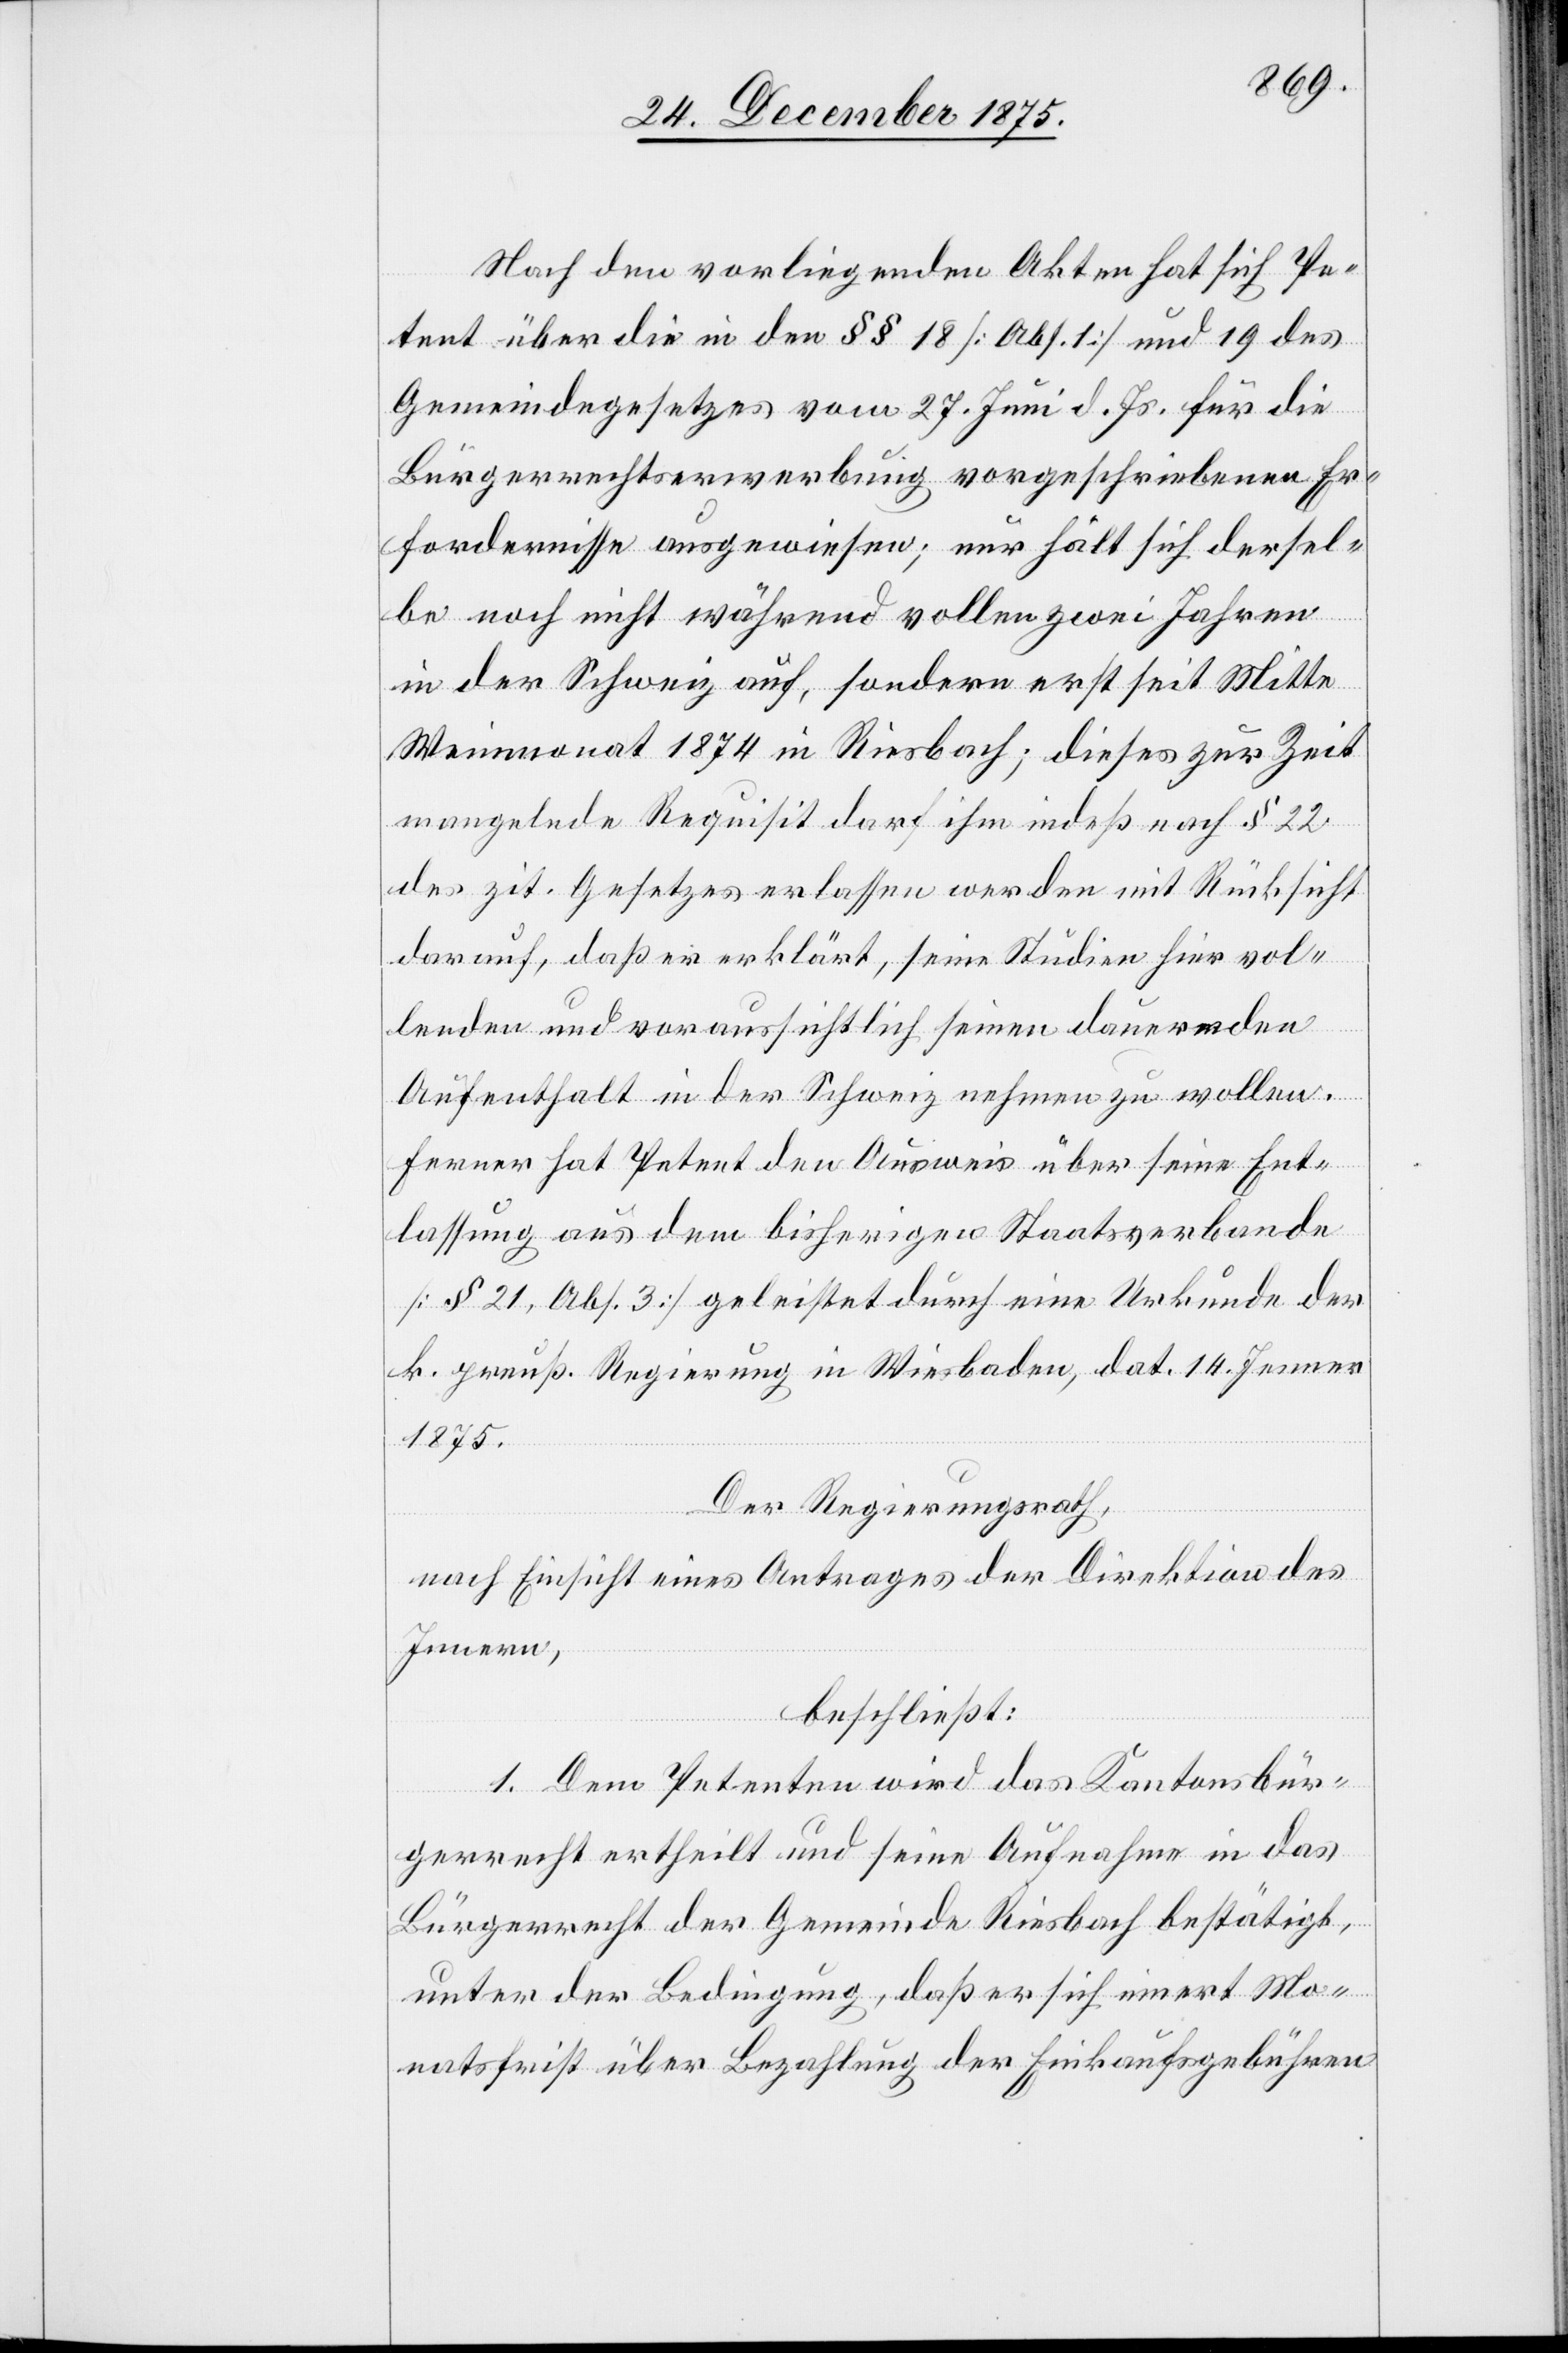
Nach den vorliegenden Akten hat sich Pe¬
tent über die in den §§ 18 [Abs. 1] und 19 des
Gemeindegesetzes vom 27. Juni d. Js. für die
Bürgerrechtserwerbung vorgeschriebenen Er¬
fordernisse ausgewiesen; nur hält sich dersel¬
be noch nicht während vollen zwei Jahren
in der Schweiz auf, sondern erst seit Mitte
Weinmonat 1874 in Riesbach; dieses zur Zeit
mangelnde Requisit darf ihm indeß nach § 22
des zit. Gesetzes erlassen werden mit Rücksicht
darauf, daß er erklärt, seine Studien hier vol¬
lenden und voraussichtlich seinen dauernden
Aufenthalt in der Schweiz nehmen zu wollen.
Ferner hat Petent den Ausweis über seine Ent¬
lassung aus dem bisherigen Staatsverbande
[§ 21, Abs. 3] geleistet durch eine Urkunde der
k. preuß. Regierung in Wiesbaden, dat. 14. Jenner
1875.
Der Regierungsrath,
nach Einsicht eines Antrages der Direktion des
Innern,
beschließt:
1. Dem Petenten wird das Kantonsbür¬
gerrecht ertheilt und seine Aufnahme in das
Bürgerrecht der Gemeinde Riesbach bestätigt,
unter der Bedingung, daß er sich innert Mo¬
natsfrist über Bezahlung der Einkaufsgebühren